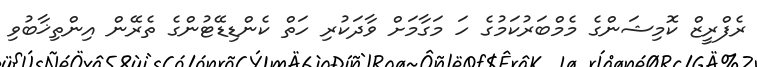
ރެފްރީޒް ކޮމިޝަންގެ މެމްބަރުކަމުގެ ހަ މަގާމަށް ވާދަކުރި ހަތް ކެންޑިޑޭޓުންގެ ތެރޭން އިންތިޚާބުވި